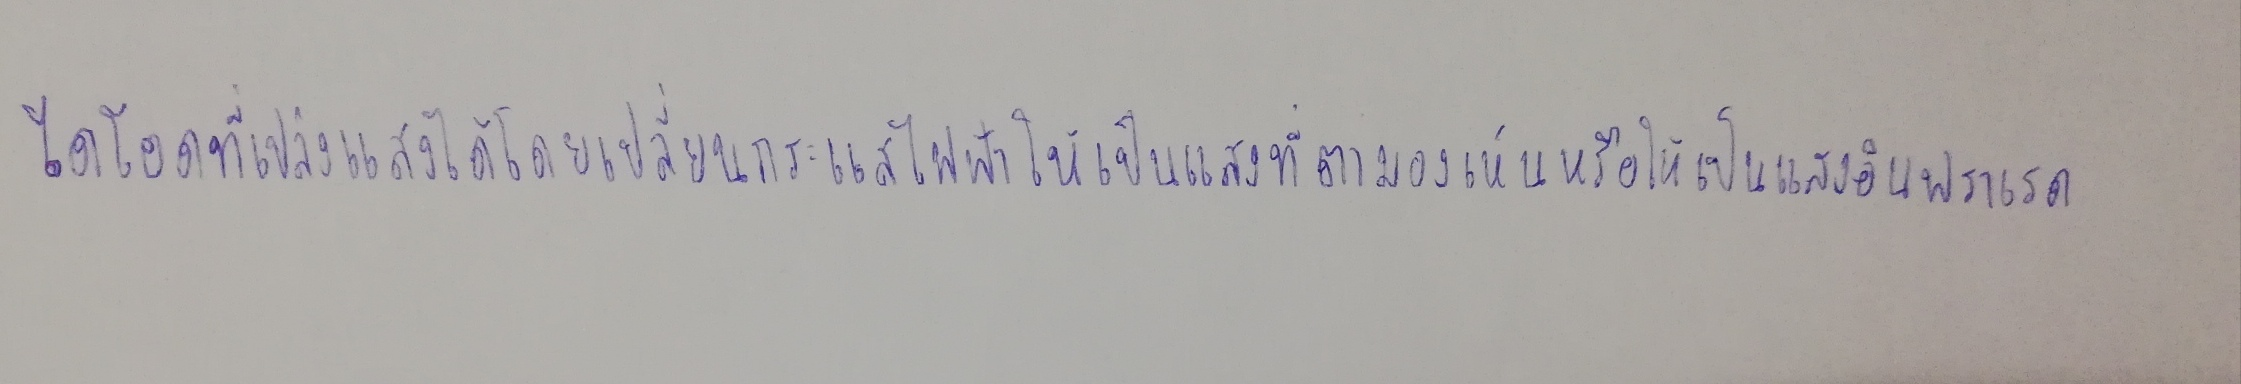
ไดโอดที่เปล่งแสงได้โดยเปลี่ยนกระแสไฟฟ้าให้เป็นแสงที่ตามองเห็นหรือให้เป็นแสงอินฟราเรด